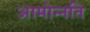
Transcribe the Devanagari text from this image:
आमोन्नति